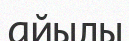
айылы